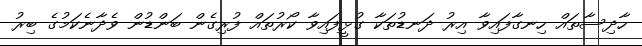
ހާދިސާތައް ހިނގާފައިވާ އިރު ދަނޑުތަކާ ގުޅީފައިވާ ކޯރުތައް ފުރިގެން ބަންޑުން ވެދާނެކަމުގެ ބިރު